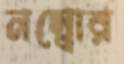
নম্বোর